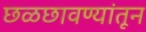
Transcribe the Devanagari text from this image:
छळछावण्यांतून